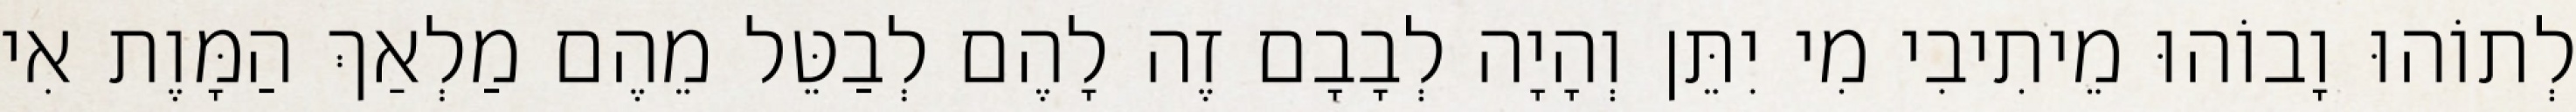
לְתוֹהוּ וָבוֹהוּ מֵיתִיבִי מִי יִתֵּן וְהָיָה לְבָבָם זֶה לָהֶם לְבַטֵּל מֵהֶם מַלְאַךְ הַמָּוֶת אִי